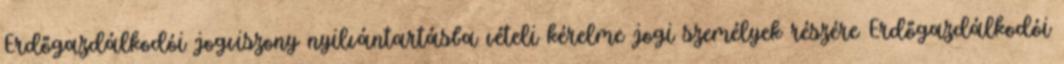
Erdőgazdálkodói jogviszony nyilvántartásba vételi kérelme jogi személyek részére Erdőgazdálkodói